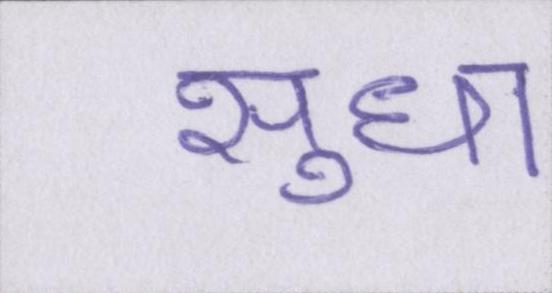
सुधा